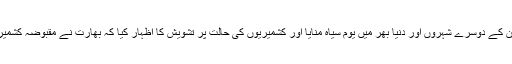
بھارت کے یوم جمہوریہ کے موقع پر کشمیریوں نے مقبوضہ کشمیر کے علاوہ آزادکشمیر، پاکستان کے دوسرے شہروں اور دنیا بھر میں یوم سیاہ منایا اور کشمیریوں کی حالت پر تشویش کا اظہار کیا کہ بھارت نے مقبوضہ کشمیر کو دنیا کی بڑی جیل میں منتقل کر رکھا ہے اس سلسلے میں جماعت اسلامی نے بھی ریلی نکالی۔